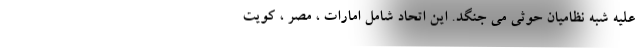
علیه شبه نظامیان حوثی می جنگد. این اتحاد شامل امارات ، مصر ، کویت